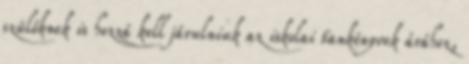
szülőknek is hozzá kell járulniuk az iskolai tankönyvek árához,